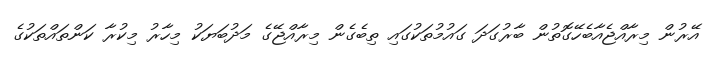
އޭރުން މިރާއްޖެއާބެހޭގޮތުން ބާރުގަދަ ގައުމުތަކުގައި ތިބެގެން މިރާއްޖޭގެ މަދުބަޔަކު މިހާރު މިކުރާ ކަންތައްތަކުގެ